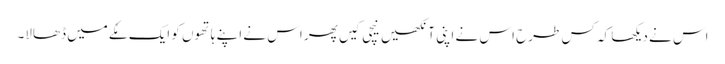
اس نے دیکھا کہ کس طرح اس نے اپنی آنکھیں نیچی کیں پھر اس نے اپنے ہاتھوں کو ایک مُکے میں ڈھالا۔